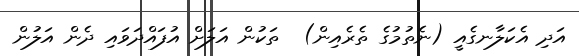
އަދި އެކަލާނގެއީ (ނެތުމުގެ ތެރެއިން)  ތަކުން އަލަށް އުފައްދަވައި ދެން އަލުން